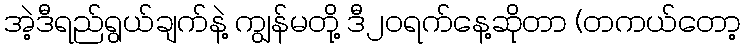
အဲ့ဒီရည်ရွယ်ချက်နဲ့ ကျွန်မတို့ ဒီ၂၀ရက်နေ့ဆိုတာ (တကယ်တော့